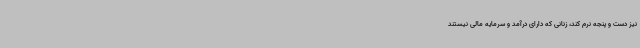
نیز دست و پنجه نرم کند، زنانی که دارای درآمد و سرمایه مالی نیستند